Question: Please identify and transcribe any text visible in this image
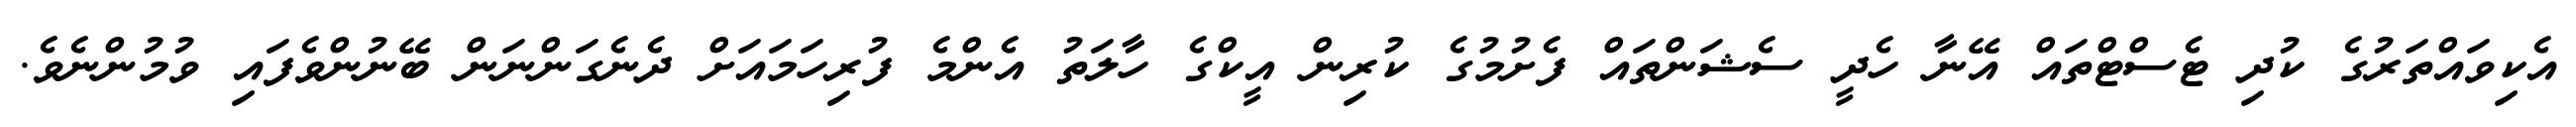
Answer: އެކިވައްތަރުގެ ކުދި ޓެސްޓްތައް އޭނާ ހެދީ ސެޝަންތައް ފެށުމުގެ ކުރިން އީކްގެ ހާލަތު އެންމެ ފުރިހަމައަށް ދެނެގަންނަން ބޭނުންވެފައި ވުމުންނެވެ.